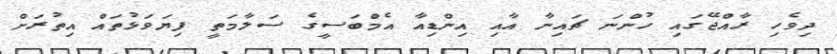
ދިވެހި ރާއްޖޭގައި ހުންނަ ޗައިނާ އާއި އިންޑިއާ އެމްބަސީގެ ސަލާމަތީ ފިޔަވަޅުތައް އިތުރަށް